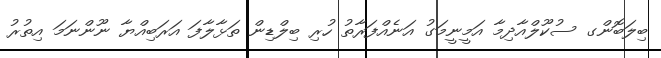
ބިލަބޮންގ ސުކޫލްއާދިމާ އަމީނީމަގު އަނެއްފަރާތު ހުރި ބިލްޑިން ތަޅާލާފަ އަރަބިއްޔާ ނޫންނަމަ އިތުރު